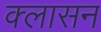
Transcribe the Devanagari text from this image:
क्लासन